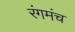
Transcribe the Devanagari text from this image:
रंगमंच